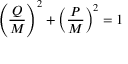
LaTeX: \left( { \frac { Q } { M } } \right) ^ { 2 } + \left( { \frac { P } { M } } \right) ^ { 2 } = 1